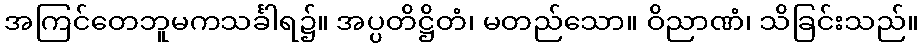
အကြင်တေဘူမကသင်္ခါရ၌။ အပ္ပတိဋ္ဌိတံ၊ မတည်သော။ ဝိညာဏံ၊ သိခြင်းသည်။